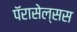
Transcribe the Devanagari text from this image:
पॅरासेल्सस